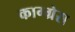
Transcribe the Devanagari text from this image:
काग्ग्रेस